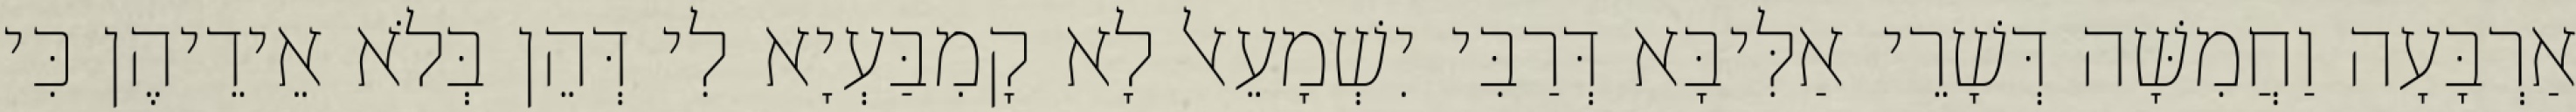
אַרְבָּעָה וַחֲמִשָּׁה דְּשָׁרֵי אַלִּיבָּא דְּרַבִּי יִשְׁמָעֵאל לָא קָמִבַּעְיָא לִי דְּהֵן בְּלֹא אֵידֵיהֶן כִּי